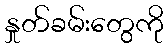
နှုတ်ခမ်းတွေကို